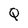
Character: Q